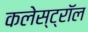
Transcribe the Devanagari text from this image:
कलेस्ट्रॉल